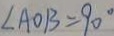
\angle A O B = 9 0 ^ { \circ }